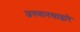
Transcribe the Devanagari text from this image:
जनमानसाद्वारे